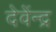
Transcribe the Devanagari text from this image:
देवेंन्द्र